Veterinary [1916] -
Year: 1916
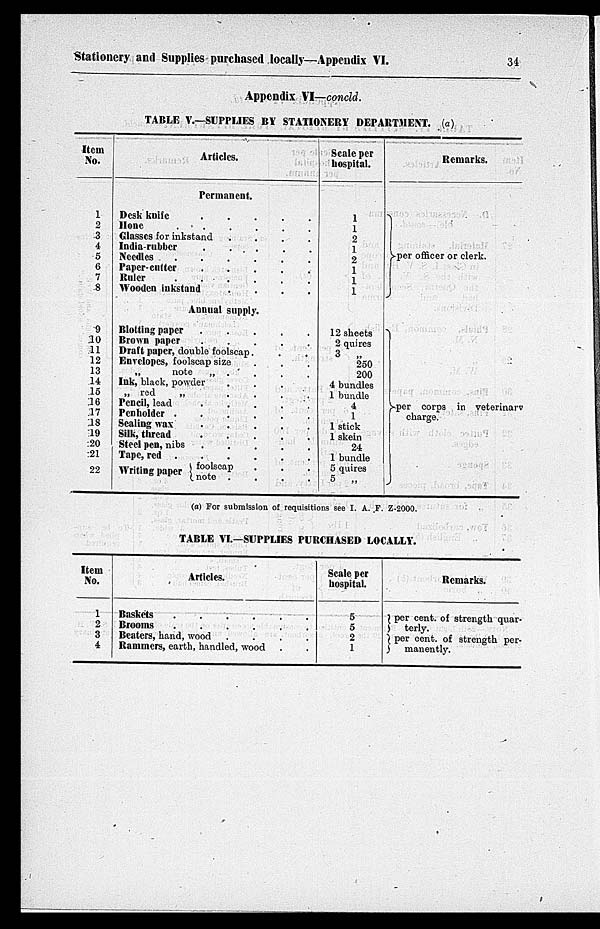
Stationery and Supplies purchased locally—Appendix VI.
34
Appendix VI—concld.
TABLE V.—SUPPLIES BY STATIONERY DEPARTMENT. (a)
Item
No.
1
2
3
4
5
6
7
8
9
10
11
12
13
14
15
16
17
18
19
20
21
22
Articles.
Permanent.
Desk knife . . . . .
Hone
.
.
.
. . .
Classes for inkstand . . . . .
India-rubber
.
. . . .
Needles
.
.
.
. . . .
Paper-cutter . . . . . .
Ruler
.
.
.
. . .
Wooden inkstand . . . .
Annual supply.
Blotting paper . . . . .
Brown paper . . . . .
Draft paper, double foolscap.
.
.
Envelopes, foolscap size . . .
„
note
„ . . . .
Ink, black, powder . . . .
„ red
„ . . . .
Pencil, lead . . . . .
Penholder .
.
.
. . .
Scaling wax . . . . .
Silk, thread . . . . .
Steel pen, nibs . . . . .
Tape, red .
.
.
. . .
Writing paper { foolscap . . .
note . . . .
Scale per
hospital.
1
1
2
1
2
1
1
1
12 sheets
2 quires
3
„
250
200
4 bundles
1 bundle
4
1
1 stick
1 skein
24
1 bundle
5 quires
5
„
Remarks.
} per officer or clerk.
} per corps in veterinary
charge.
(a) For submission of requisitions see I. A. F. Z-2000.
TABLE VI.—SUPPLIES PURCHASED LOCALLY.
Item
No.
1
2
3
4
Articles.
Baskets
.
.
.
.
.
.
Brooms
.
.
.
.
.
.
Beaters, hand, wood .
.
.
.
Rammers, earth, handled, wood . .
Scale per
hospital.
5
5
2
1
Remarks.
} per cent. of strength quar-
terly.
} per cent. of strength per-
manently.